Medical and sanitary report of the native army of Madras for the year
Year: 1878
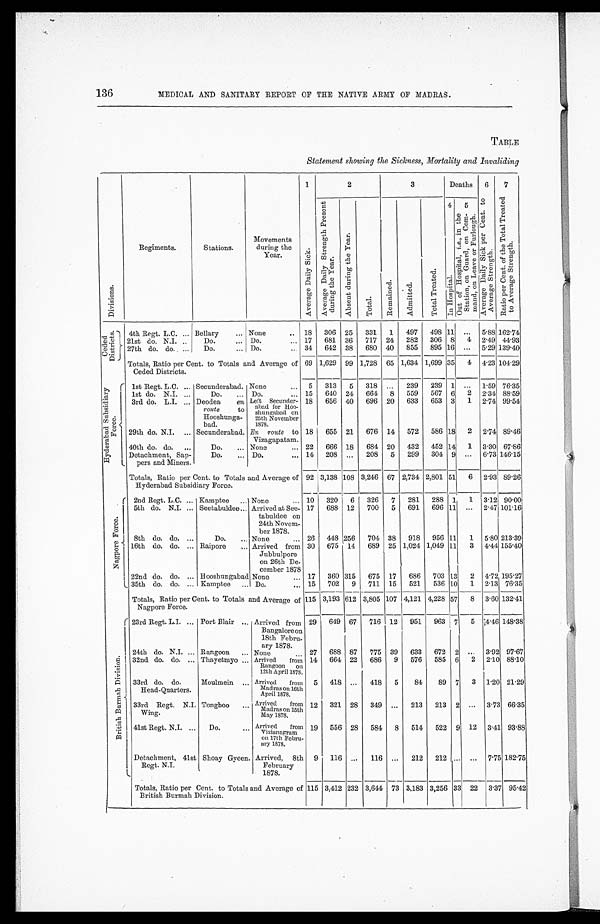
136
MEDICAL AND SANITARY REPORT OF THE NATIVE ARMY OF MADRAS.
TABLE
Statement showing the Sickness, Mortality and Invaliding
D i v i s i o n s .
Regiments.
Stations.
Movements
during the
Year.
1 A v e r a g e D a i l y S i c k .
2
3
Deaths
6
A v e r a g e D a i l y S i c k p e r C e n t t o A v e r a g e S t r e n g t h .
7
R a t i o p e r C e n t o f t h e T o t a l T r e a t e d t o A v e r a g e S t r e n g t h .
A v e r a g e D a i l y S i c k .
A b s e n t d u r i n g t h e y e a r .
T o t a l .
Re ma i n e d .
A d m i t t e d .
T o t a l T r e a t e d .
I n Ho s p i t a l .
5
O u t o f H o s p i t a l , i . e . , i n t h e S t a t i o n , o n G u a r d , o n C o m - m a n d , o n L e a v e o r F u r l o u g h .
C e d e d D i s t r i c t s .
4th Regt. L.C. . . . Bellary . . . None . . . 18
306 25
331
1
497
498 11
. . .
5.88 162.74
21st do. N.I. . . .
Do. . . . Do. . . . 17
681 36
717 24
282
306 8
4 2.49 44.93
27th do. do. . . .
Do. . . . Do. . . . 34
642 38
680 40
855
895 16
. . .
5.29 139.40
Totals, Ratio per Cent. to Totals and Average of
Ceded Districts.
69 1,629 99 1,728 65 1,634 1,699 35
4 4.23 104.29
H y d e r a b a d S u b s i d i a r y F o r c e . 1st Regt. L.C. . . . Secunderabad. None . . . 5
313
5
318
. . .
239
239
1
. . .
1.59 76.35
lst do. N.I. . . .
Do. . . . Do. . . . 15
640 24
664
8
559
567 6
2
2.34 88.59
3rd do. L.I. . . . Deodea
en
route
to
Hooshunga-
bad.
Left Secunder-
abad for Hoo-
shungabad on
25th November
1878.
18
656 40
696 20
633
653 3
1 2.74 99.54
29th do. N.I. . . . Secunderabad. En route to
Vizagapatam.
18
655 21
676 14
572
586 18
2
2.74 89.46
40th do. do. . . .
Do. . . . None . . . 22
666 18
684 20
432
452 14
1 3.30 67.86
Detachment, Sap-
pers and Miners.
Do. . . . Do. . . . 14
208
. . .
208
5
299
304 9
. . .
6.73 146.15
Totals, Ratio per Cent. to Totals and Average of
Hyderabad Subsidiary Force.
92 3,138 108 3,246 67 2,734 2,801 51
6
2.93 89.26
N a g p o r e F o r c e . 2nd Regt. L.C. . . . Kamptee . . . None . . . 10
320
6
326
7
281
288
1
1
3.12 90.00
5th do. N.I. . . . Seetabuldee . . . Arrived at See-
tabuldee on
24th Nove m -
ber 1878.
17
688 12
700
5
691
696 11
. . . 2.47 101.16
8th do. do. . . .
Do. . . . None . . . 26
448 256
704 38
918
956 11
1
5.80 213.39
16th do. do. . . . Raipore . . . Arrived from
Jubbulpore
on 26th De -
cember 1878
30
675 14
689 25 1,024 1,049 11
3
4.44 155.40
4.72 195.27
22nd do. do. . . . Hooshungabad None . . . 17
360 315
675 17
686
703 13
2
2.13 76.35
35th do. do. . . . Kamptee . . . Do. . . . 15
702
9
711 15
521
536 10
1
Totals, Ratio per Cent to Totals and Average of
Nagpore Force.
115 3,193 612 3,805 107 4,121 4,228 57
8
3.60 132.41
B r i t i s h B u r m a h D i v i s i o n . 23rd Regt. L.I. . . . Port Blair . . . Arrived from
Bangalore on
18th Febru -
ary 1878.
29
649 67
716
1 2
951
963
7
5 4.46 148.38
24th do. N.I. . . . Rangoon . . . None . . . 27
688 87
775 39
633
672 2
. . .
3.92 97.67
32nd do. do. . . . Thayetmyo . . . Arrived from
Rangoon on
12th April 1878.
14
664 22
686
9
576
585 6
2
2.10 88.10
33rd do. do.
Head-Quarters.
Moulmein . . . Arrived from
Madras on 16th
April 1878.
5
418
. . .
418
5
84
89 7
3 1.20 21.29
33rd Regt. N.I.
Wing.
Tonghoo . . . Arrived from
Madras on 15th
May 1878.
12
321 28
349
. . . 213
213 2
. . .
3.73 66.35
41st Regt. N.I. . . .
Do. . . . Arrived from
Vizianagram
on 17th Febru
-
ary 1878.
19
556 28
584
8
514
522 9 12
3.41 93.88
Detachment, 41st
Regt. N.I.
Shoay Gyeen. Arrived, 8th
February
1878.
9
116
. . .
116
. . . 212
212
. . .
. . .
7.75 182.75
Totals, Ratio per Cent to Totals and Average of
British Burmah Division.
115 3,412 232 3,644 73 3,183 3,256 33 22 3.37 95.42